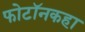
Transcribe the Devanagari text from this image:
फोटॉनकहा